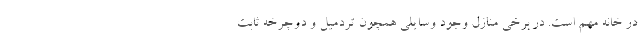
در خانه مهم است. در برخی منازل وجود وسایلی همچون تردمیل و دوچرخه ثابت